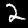
Label: 2